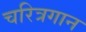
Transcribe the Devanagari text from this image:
चरित्रगान